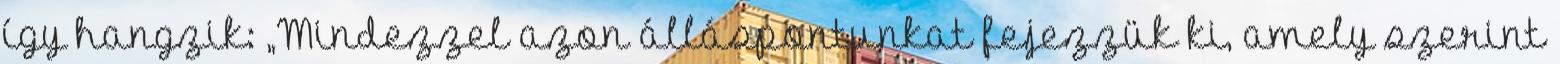
így hangzik: „Mindezzel azon álláspontunkat fejezzük ki, amely szerint